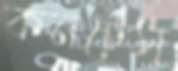
কনটেস্